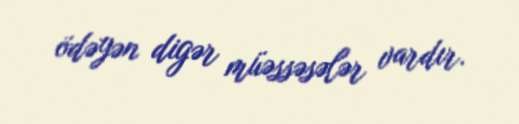
ödəyən digər müəssəsələr vardır.